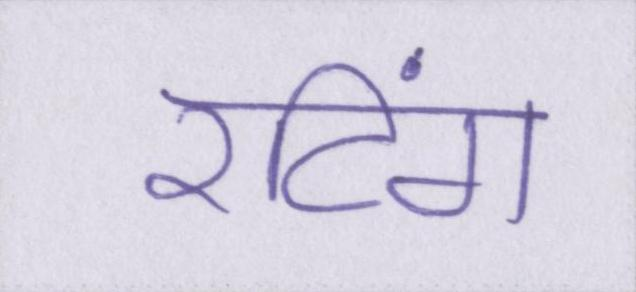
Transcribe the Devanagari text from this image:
रटिंग